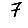
Digit: 7